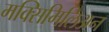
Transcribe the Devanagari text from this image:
मक्सिमिलिअन